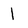
Character: 1